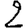
Digit: 2